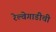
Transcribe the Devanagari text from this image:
रेल्वेगाडीची